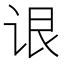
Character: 𬣳